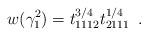
LaTeX: \begin{align*} w(\gamma_1^2)= t_{1112}^{3/4}t_{2111}^{1/4} \enspace . \end{align*}